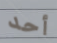
أحد